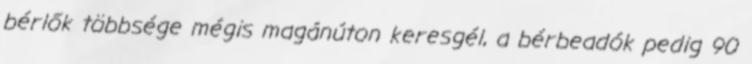
bérlők többsége mégis magánúton keresgél, a bérbeadók pedig 90